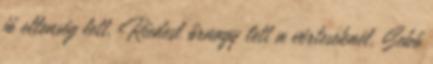
jó ellenség lett. Riedesl őrnagy lett a vérteseknél, Sebő